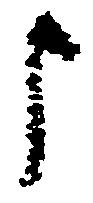
申